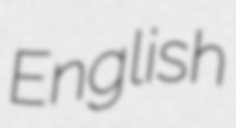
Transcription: English